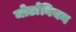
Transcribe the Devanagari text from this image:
मोर्डाबियन